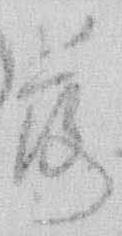
落